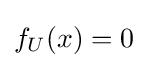
f_{U}(x)=0